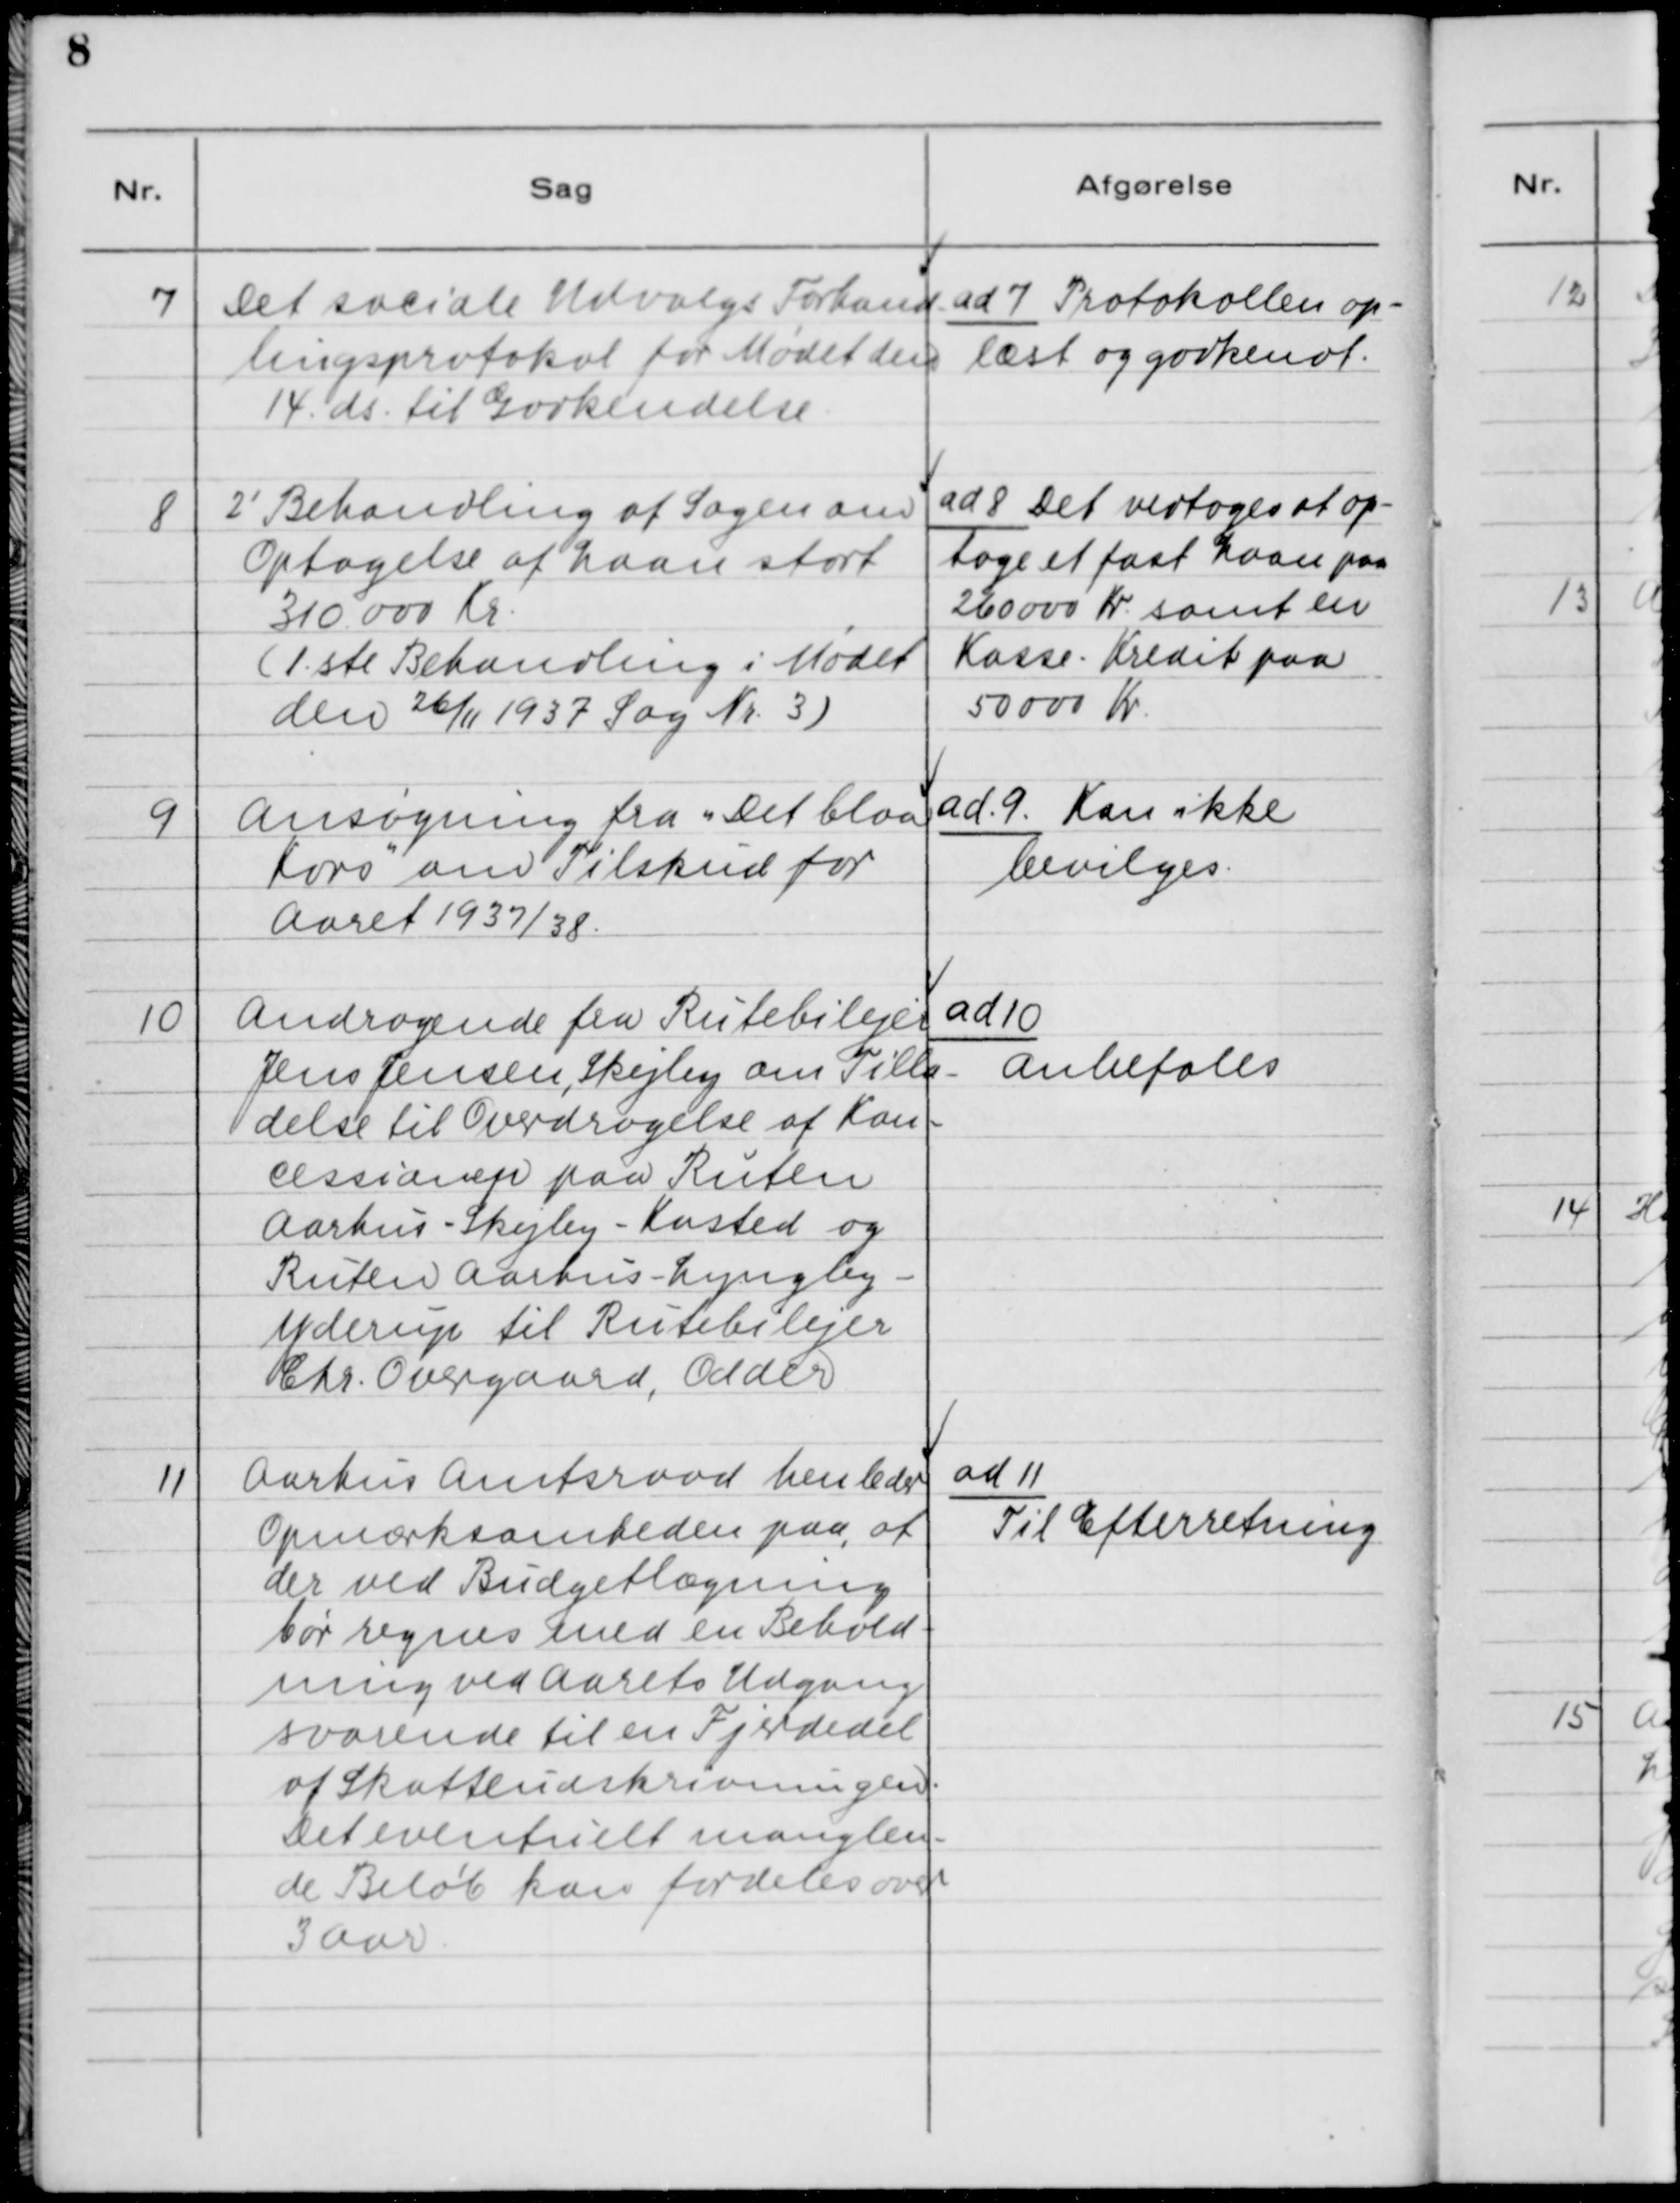
Transskription:
7. Det sociale Udvalgs Forhand-
lingsprotokol for Mødet den
14. ds. til Godkendelse.

ad 7. Protokollen op-
læst og godkendt.

8. 2´Behandling af Sagen om
Optagelse af Laan stort
310.000 Kr.
(1.ste Behandling i Mødet
den 26/11 1937 Sag Nr. 3)

ad 8. Det vedtoges at op-
tage et fast Laan paa
260000 Kr. samt en
Kasse - Kredit paa
50000 Kr.

9. Ansøgning fra "Det blaa
Kors" om Tilskud for
Aaret 1937/38

ad 9. Kan ikke
bevilges.

10. Andragende fra Rutebilejer
Jens Jensen, Skejby om Tilla-
delse til Overdragelse af Kon-
cessionsejer paa Ruten
Aarhus - Skejby - Kasted og
Ruten Aarhus - Lyngby -
Yderup til Rutebilejer
Chr. Overgaard, Odder.

ad 10.
Anbefales

11 Aarhus Amtraad henleder
Opmærksomheden paa, at
der ved Budgetlægning
bør regnes med en Behold-
ning ved Aarets Udgang
svarende til en Fjerdedel
af Skatteudskrivningen.
Det eventuelt manglen-
de Beløb kan fordeles over
3 Aar.

ad 11.
Til Efterretning.